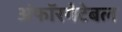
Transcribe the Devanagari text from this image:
अंफॉरगेटेबल